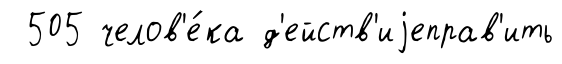
505 челов'е́ка д'ейств'иjеправ'ить